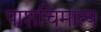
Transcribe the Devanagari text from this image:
पाशचिमात्य